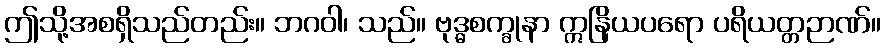
ဤသို့အစရှိသည်တည်း။ ဘဂဝါ၊ သည်။ ဗုဒ္ဓစက္ခုနာ ဣနြိယပရော ပရိယတ္တဉာဏ်။